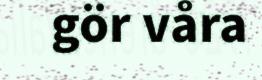
gör våra